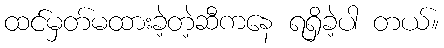
ထင်မှတ်မထားခဲ့တဲ့ဆီကနေ ရရှိခဲ့ပါ တယ်။